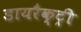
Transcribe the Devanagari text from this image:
डायरैक्ट्री